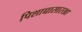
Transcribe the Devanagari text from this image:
पिशाच्चासारखा